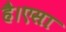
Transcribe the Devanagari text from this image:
है।एसा